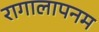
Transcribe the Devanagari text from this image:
रागालापनम